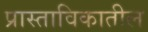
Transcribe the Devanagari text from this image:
प्रास्ताविकातील